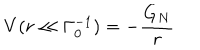
V ( r \ll \Gamma _ { 0 } ^ { - 1 } ) = - \frac { G _ { N } } { r }